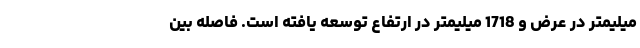
میلیمتر در عرض و 1718 میلیمتر در ارتفاع توسعه یافته است. فاصله بین